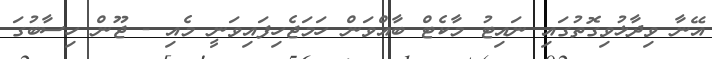
އޭނާ ވިދާޅުވިގޮތުގައި ނައިޓު މާކެޓް ބާއްވަން ހަމަޖެހިފައިވަނީ މެއި - ޖޫން ހިސާބުގަ